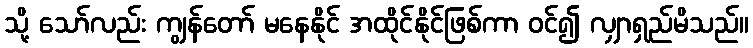
သို့ သော်လည်း ကျွန်တော် မနေနိုင် အထိုင်နိုင်ဖြစ်ကာ ဝင်၍ လျှာရှည်မိသည်။